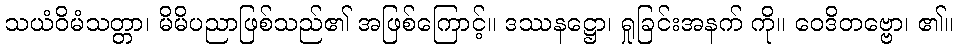
သယံဝိမံသတ္တာ၊ မိမိပညာဖြစ်သည်၏ အဖြစ်ကြောင့်။ ဒဿနဋ္ဌော၊ ရှုခြင်းအနက် ကို။ ဝေဒိတဗ္ဗော၊ ၏။